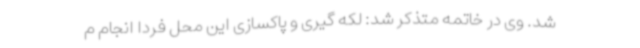
شد. وی در خاتمه متذکر شد: لکه گیری و پاکسازی این محل فردا انجام م